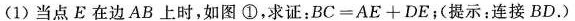
(1)当点E在边AB上时，如图①，求证：$$B C = A E + D E$$；(提示：连接BD.)